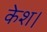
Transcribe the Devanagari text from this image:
केश।